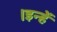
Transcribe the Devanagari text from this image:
।इन्हें